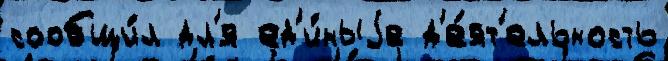
сообщи́л дл'я ед'и́ныjе д'е́ят'ельность